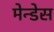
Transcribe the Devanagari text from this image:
मेन्डेस